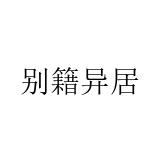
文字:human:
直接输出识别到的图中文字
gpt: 别籍异居